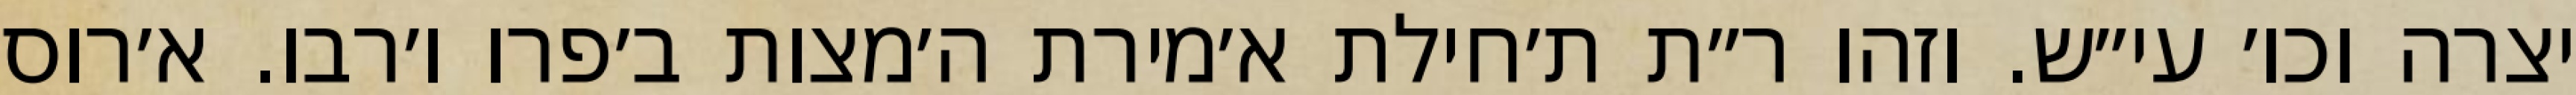
יצרה וכו׳ עי״ש. וזהו ר״ת ת׳חילת א׳מירת ה׳מצות ב׳פרו ו׳רבו. א׳רוס